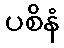
ပစိနံ